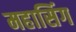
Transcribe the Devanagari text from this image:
महासिंग